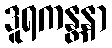
ဒူရကန္တနာ